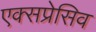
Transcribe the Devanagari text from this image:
एक्सप्रेसिव